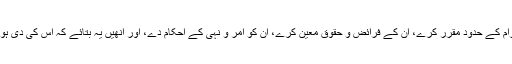
اسی طرح مالک الملک ہونے کی حیثیت سے یہ منصب بھی اللہ ہی کا ہے کہ اپنی رعیت کیلئے حلال و حرام کے حدود مقرر کرے، ان کے فرائض و حقوق معین کرے، ان کو امر و نہی کے احکام دے، اور انھیں یہ بتائے کہ اس کی دی ہوئی قوتوں اور اس کے بخشے ہوئے وسائل کو وہ کس طرح کن کاموں میں کن مقاصد کیلئے استعمال کریں۔